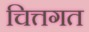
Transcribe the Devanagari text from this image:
चित्तगत